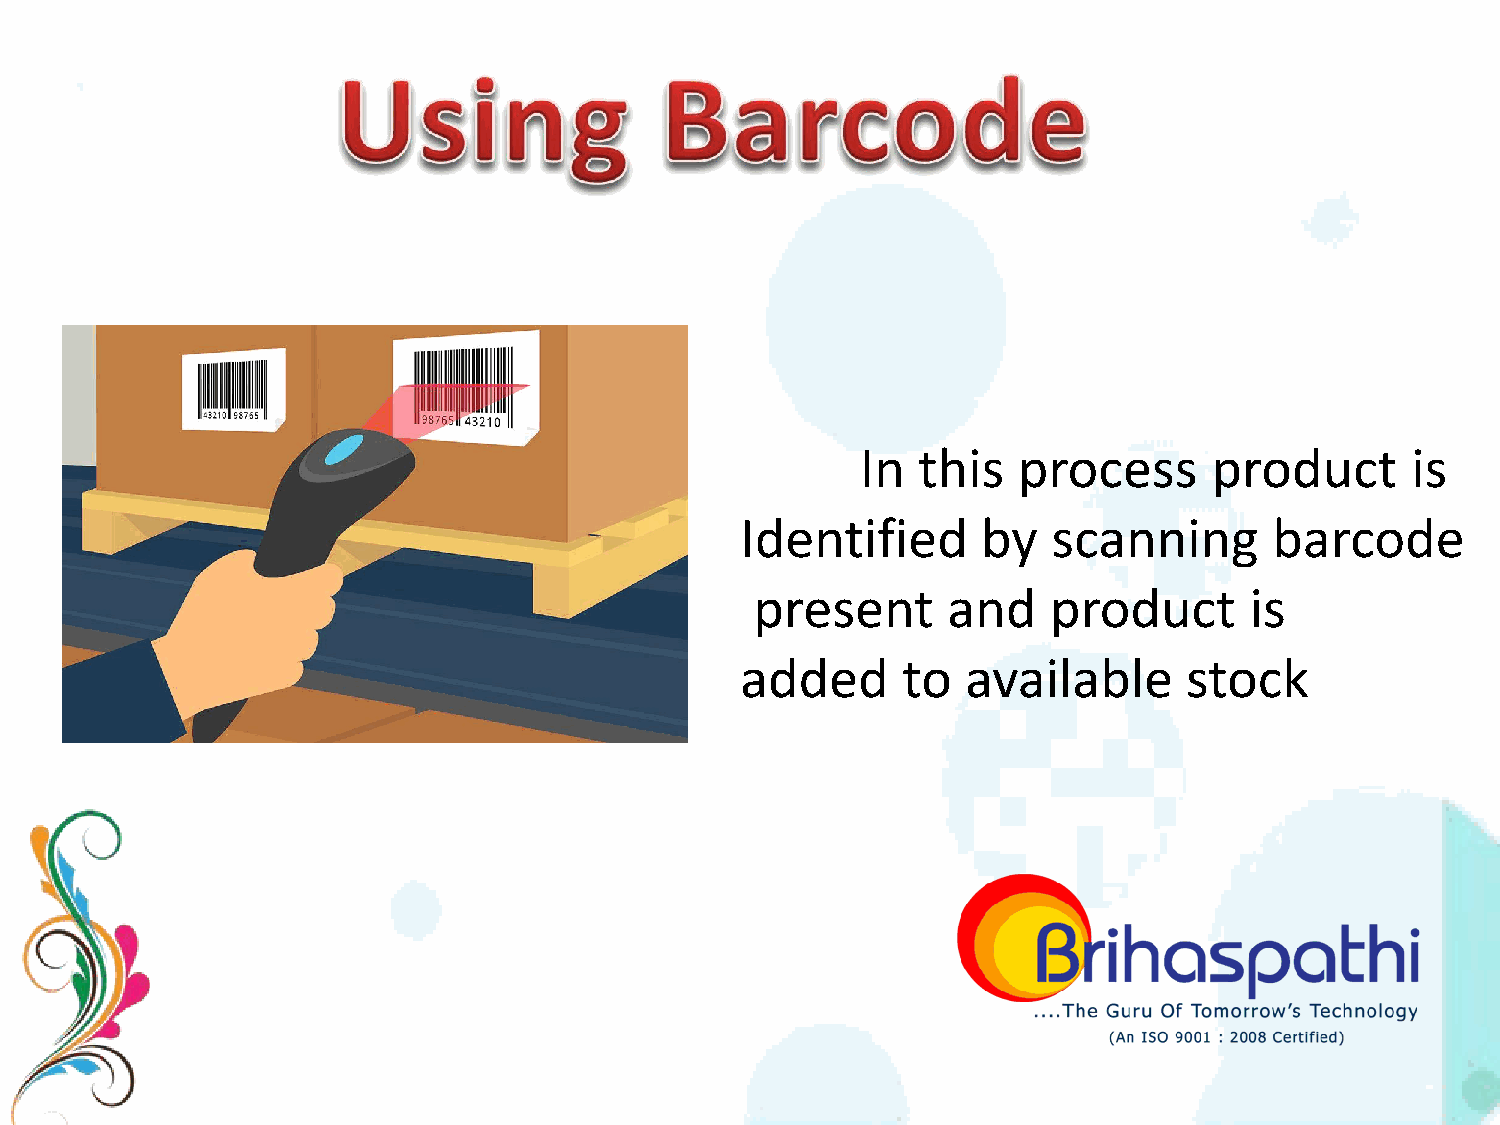
In  this  process      product      is
 Identified      by   scanning      barcode
 present      and    product      is
 added      to  available      stock